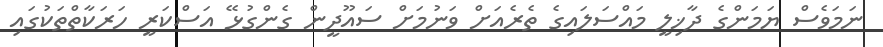
ނަމަވެސް ޔަމަންގެ ދާޚިލީ މައްސަލައިގެ ތެރެއަށް ވަނުމަށް ސައޫދީން ގެންގުޅޭ އަސްކަރީ ހަރަކާތްތަކުގައި